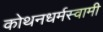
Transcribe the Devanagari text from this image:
कोथनधर्मस्वामी